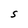
Character: S